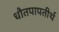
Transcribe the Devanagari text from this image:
धौतपापतीर्थ